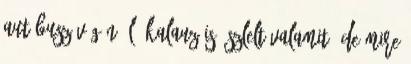
autóbusz végén ülő kalauz is észlelt valamit, de mire